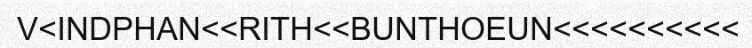
V<INDPHAN<<RITH<<BUNTHOEUN<<<<<<<<<<